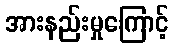
အားနည်းမှုကြောင့်